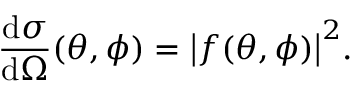
{ \frac { \mathrm { d } \sigma } { \mathrm { d } \Omega } } ( \theta , \phi ) = { \bigl | } f ( \theta , \phi ) { \bigr | } ^ { 2 } .